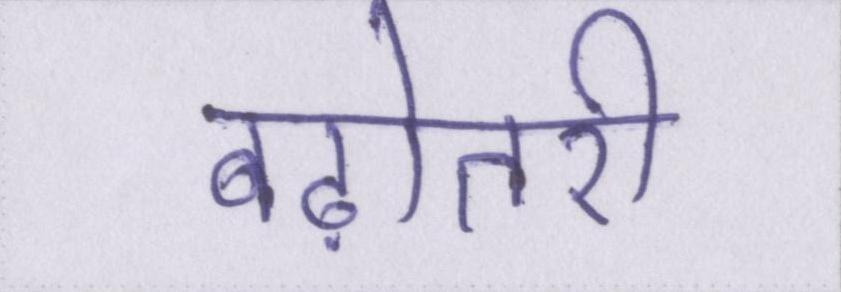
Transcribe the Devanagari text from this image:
बढ़ोतरी